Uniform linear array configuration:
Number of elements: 16
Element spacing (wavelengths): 0.75
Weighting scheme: binomial
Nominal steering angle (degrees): -45
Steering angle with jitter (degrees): -45.851
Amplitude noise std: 0.05
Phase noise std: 0.05

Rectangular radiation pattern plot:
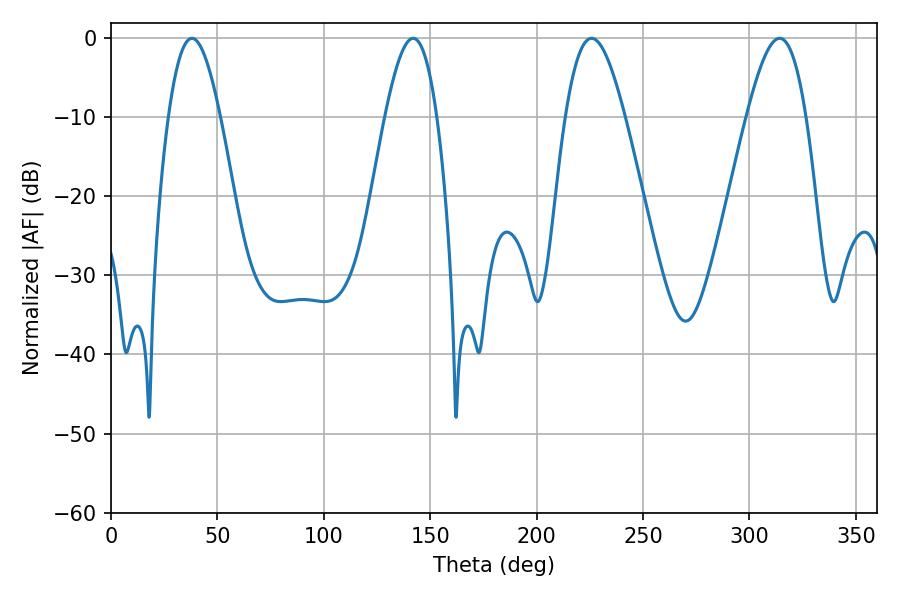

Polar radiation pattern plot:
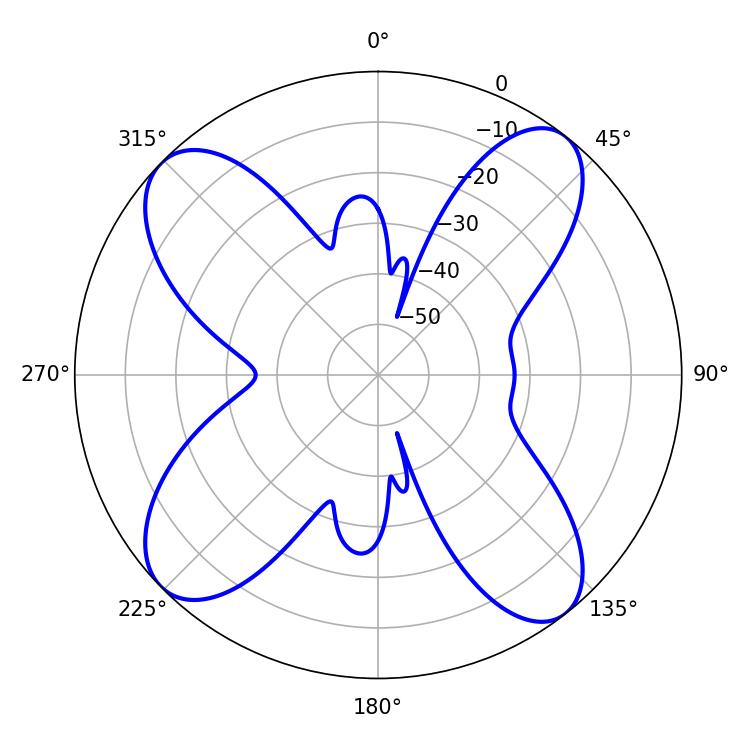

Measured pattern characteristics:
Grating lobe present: TRUE
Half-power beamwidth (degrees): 13.32
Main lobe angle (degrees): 37.98